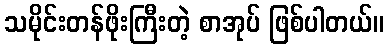
သမိုင်းတန်ဖိုးကြီးတဲ့ စာအုပ် ဖြစ်ပါတယ်။